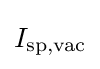
I_{\text{sp,vac}}